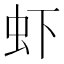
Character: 虾